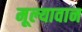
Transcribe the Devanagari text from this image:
मूल्‍यावान